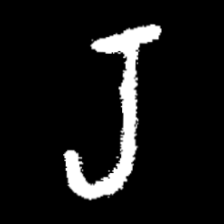
Pyu character \u2014 Myanmar letter: ရ (romanized: ra)